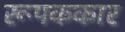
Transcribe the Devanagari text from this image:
रूपककार